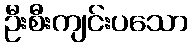
ဦးစီးကျင်းပသော